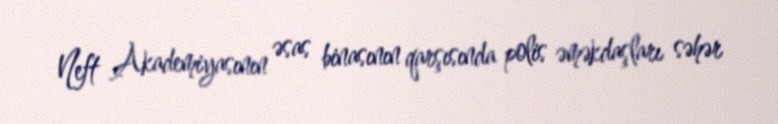
Neft Akademiyasının əsas binasının qarşısında polis əməkdaşları səhər